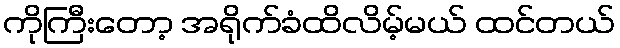
ကိုကြီးတော့ အရိုက်ခံထိလိမ့်မယ် ထင်တယ်